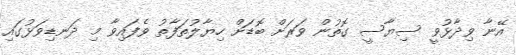
އޭނާ ވިދާޅުވީ ސިޔާސީ ގޮތުން ވަރަށް ބޮޑަށް ހިޔާލުތަފާތު ވެފައިވާ މި ދަނޑިވަޅުގައި